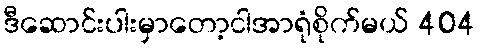
ဒီဆောင်းပါးမှာတော့ငါအာရုံစိုက်မယ် 404